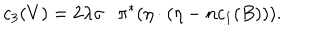
c _ { 3 } ( V ) = 2 \lambda \sigma \cdot \pi ^ { * } ( \eta \cdot ( \eta - n c _ { 1 } ( B ) ) ) .